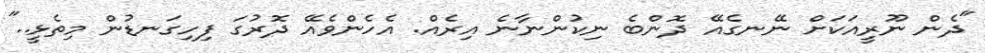
"ދެން ނޫރީއަކަށް ނޭނގެއޭ ދޮންބެ ނިކުންނާނެ އިރެއް. އެހެންވެއޭ ދޮރުގަ ފިހިގަނޑުން މިތެޅީ.."